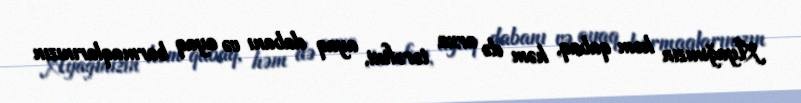
Ayağınızın həm qabaq, həm də arxa tərəfini, ayaq dabanı və ayaq barmaqlarınızın